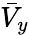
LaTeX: \bar{V}_{y}